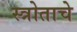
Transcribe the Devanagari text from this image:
स्त्रोताचे